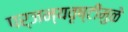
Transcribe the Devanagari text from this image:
पर्जन्यवृष्टीमुळे